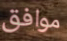
موافق